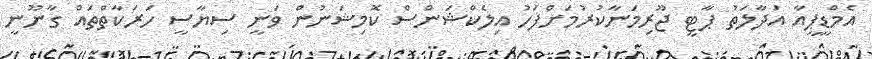
އެމްޑީޕީއާ އަދާލަތު ޕާޓީ ޖޫރިމަނާކުރުމަށްފަހު އިލެކްޝަންސް ކޮމިޝަނުން ވަނީ ސިޔާސީ ހަރަކާތްތައް ގާނޫނީ